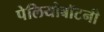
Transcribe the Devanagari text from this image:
पेलियोबॉटनी